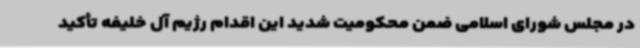
در مجلس شورای اسلامی ضمن محکومیت شدید این اقدام رژیم آل خلیفه تأکید